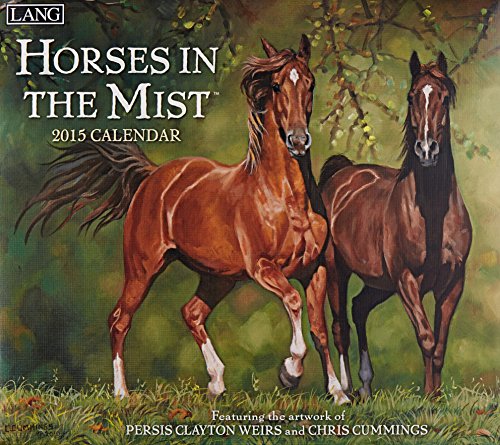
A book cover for (13x14) Horses In The Mist - 2015 Calendar; Calendars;